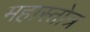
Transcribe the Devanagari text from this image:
महास्तोत्र